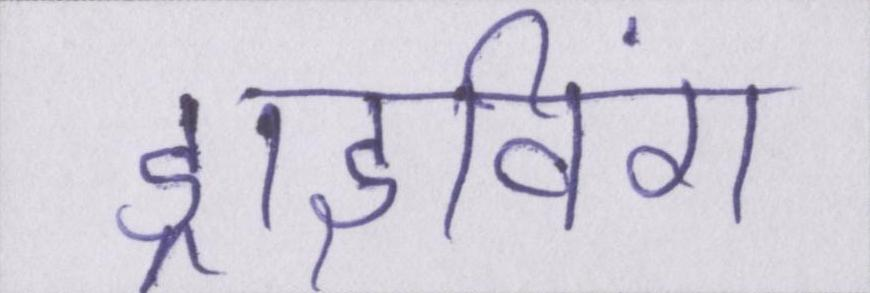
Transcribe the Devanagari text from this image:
ड्राइविंग